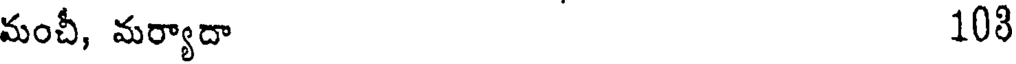
మంచీ, మర్యాదా 108